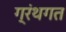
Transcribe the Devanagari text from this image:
ग्रंथगत